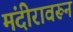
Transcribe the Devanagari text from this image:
मंदीरावरून